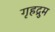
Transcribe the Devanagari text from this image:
गृहद्रुम